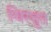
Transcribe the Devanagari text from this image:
विस्तुत